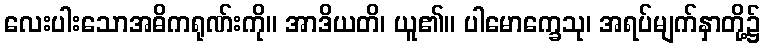
လေးပါးသောအဓိကရုဏ်းကို။ အာဒိယတိ၊ ယူ၏။ ပါမောက္ခေသု၊ အရပ်မျက်နှာတို့၌